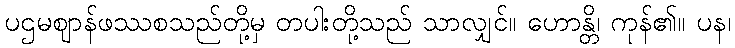
ပဌမဈာန်ဖဿစသည်တို့မှ တပါးတို့သည် သာလျှင်။ ဟောန္တိ၊ ကုန်၏။ ပန၊